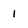
Character: 1